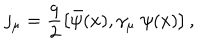
LaTeX: j _ { \mu } = \frac { q } { 2 } \left[ \bar { \psi } ( x ) , \gamma _ { \mu } \; \psi ( x ) \right] ,